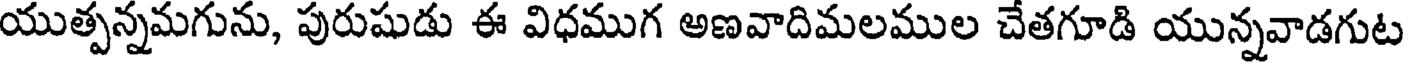
యుత్పన్నమగును, పురుషుడు ఈ విధముగ అణవాదిమలముల చేతగూడి యున్నవాడగుట